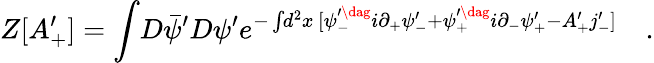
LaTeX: Z[A_{+}^{\prime}]=\int\! D\bar{\psi}^{\prime}D\psi^{\prime}e^{-\int\! d^{2}x\, [\psi_{-}^{\prime\dag}i\partial_{+}\psi_{-}^{\prime}+\psi_{+}^{\prime\dag}i\partial_{-}\psi_{+}^{\prime}-A_{+}^{\prime}j_{-}^{\prime}]}\quad.